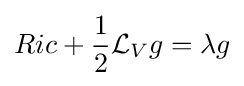
Ric+{\frac {1}{2}}{\mathcal {L}}_{V}g=\lambda g